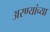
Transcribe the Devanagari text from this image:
अरण्यांच्या